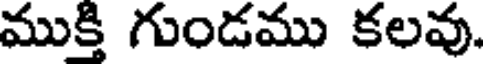
ముక్తి గుండము కలవు.